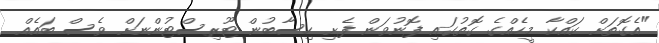
"އެގޮތަށް ކައްކާ މީހެއްގެ ގޮތުގައި ފޮނުވަން ފެށި ހިސާބުން ޓޫރިސްޓުންނަށް ވެސް ބައެއް